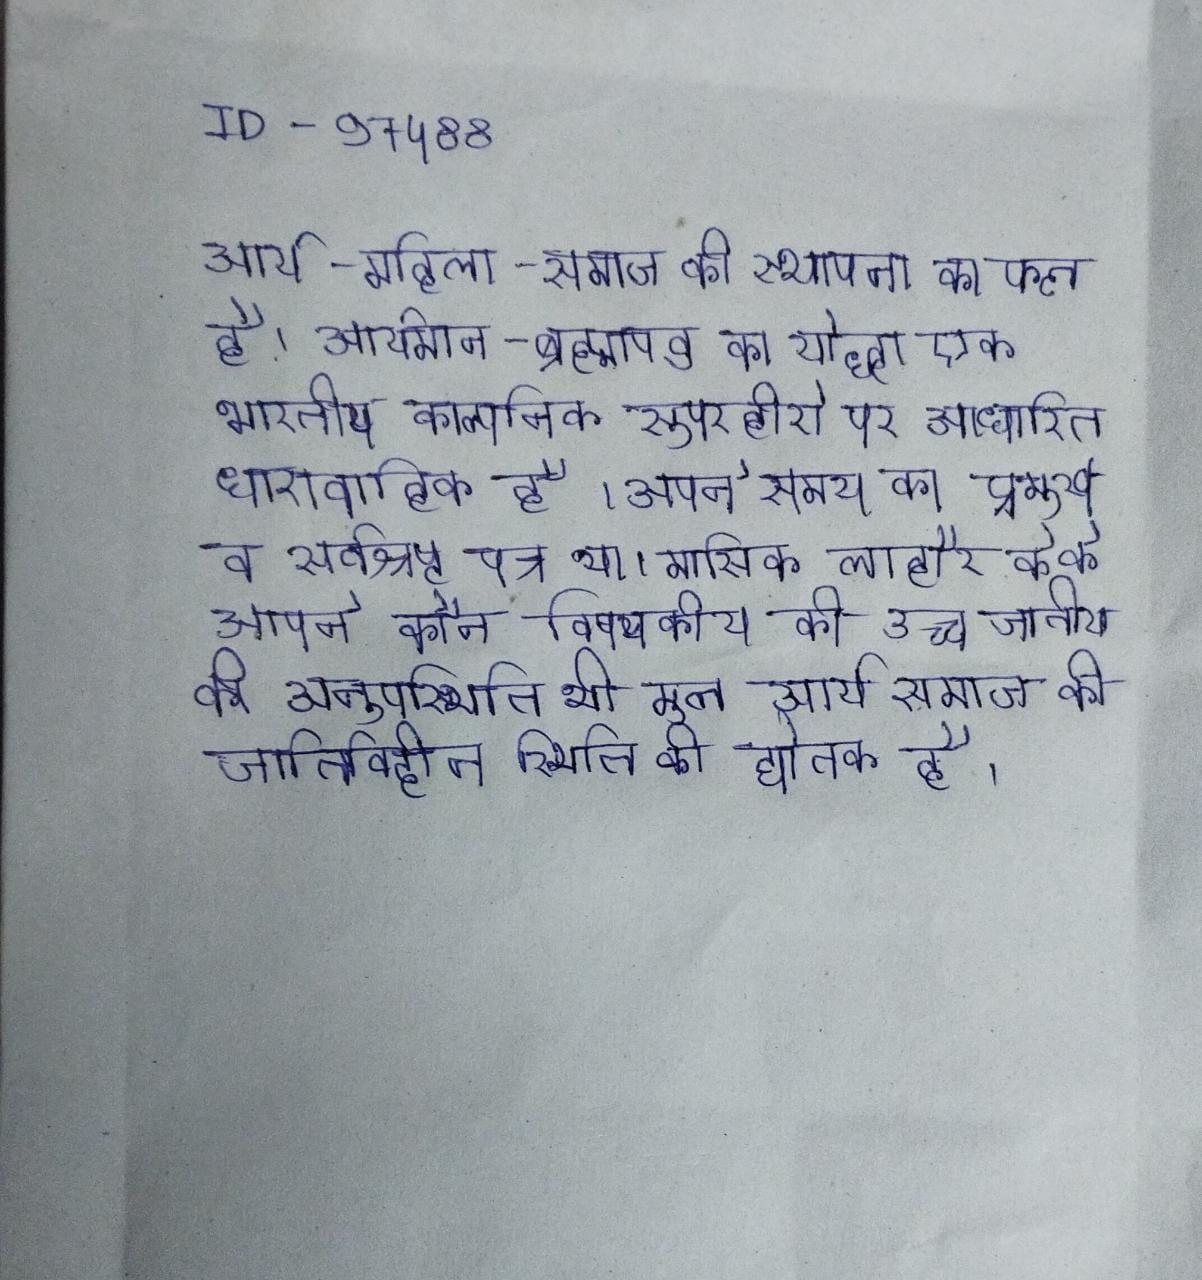
आर्य-महिला-समाज की स्थापना का फल है । आर्यमान-ब्रह्माण्ड का योद्धा एक भारतीय काल्पनिक सुपरहीरो पर आधारित धारावाहिक है । अपने समय का प्रमुख व सर्वश्रेष्ठ पत्र था । मासिक लाहौर के के आपने कौन विषयक कुछ सम्पादकीय की थी । आर्यमूल की उच्च जातीय की अनुपस्थिति भी मूल आर्य समाज की जातिविहीन स्थिति की द्योतक है ।